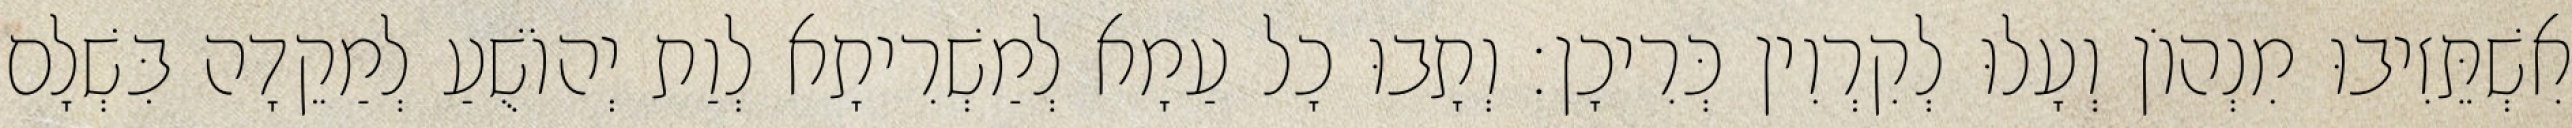
אִשְׁתֵּזִיבוּ מִנְהוֹן וְעָלוּ לְקִרְוִין כְּרִיכָן׃ וְתָבוּ כָל עַמָא לְמַשְׁרִיתָא לְוַת יְהוֹשֻׁעַ לְמַקֵדָה בִּשְׁלָם